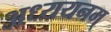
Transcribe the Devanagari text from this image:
अध्ययनम्